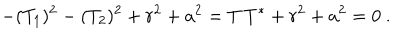
- ( T _ { 1 } ) ^ { 2 } - ( T _ { 2 } ) ^ { 2 } + r ^ { 2 } + a ^ { 2 } = T \, T ^ { * } + r ^ { 2 } + a ^ { 2 } = 0 \ .